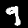
Label: 9